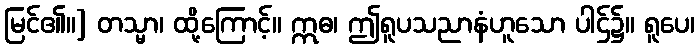
မြင်၏။] တသ္မာ၊ ထို့ကြောင့်။ ဣဓ၊ ဤရူပသညာနံဟူသော ပါဌ်၌။ ရူပေ၊